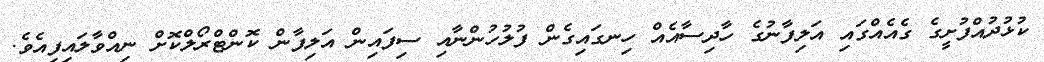
ކުޅުދުއްފުށީގެ ގެއެއްގައި އަލިފާނުގެ ހާދިސާއެއް ހިނގައިގެން ފުލުހުންނާއި ސިފައިން އަލިފާން ކޮންޓްރޯލްކޮށް ނިއްވާލައިފިއެވެ.